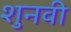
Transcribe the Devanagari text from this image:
शुनवी